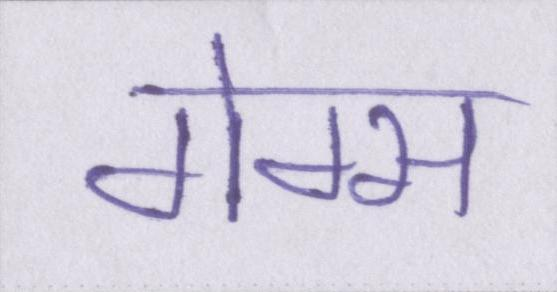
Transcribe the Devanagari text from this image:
गेम्स